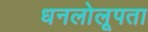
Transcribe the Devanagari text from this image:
धनलोलूपता